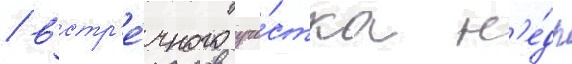
/ встр'е́чного уча́стка н'е́др